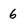
Character: 6